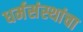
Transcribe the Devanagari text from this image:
धर्मसंस्थांचा